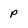
Character: p